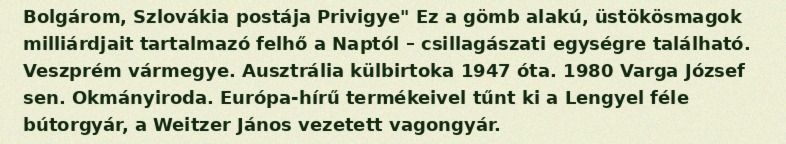
Bolgárom, Szlovákia postája Privigye" Ez a gömb alakú, üstökösmagok milliárdjait tartalmazó felhő a Naptól – csillagászati egységre található. Veszprém vármegye. Ausztrália külbirtoka 1947 óta. 1980 Varga József sen. Okmányiroda. Európa-hírű termékeivel tűnt ki a Lengyel féle bútorgyár, a Weitzer János vezetett vagongyár.